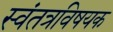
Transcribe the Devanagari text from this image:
स्वंतत्रविषयक